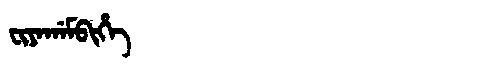
Manchu: ᠸᡳᠶᠠᡤᠠᠮᠪᡳᡥᡝ
Romanization: FIYAGAMBIHE